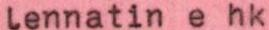
lennatin e hk